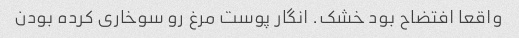
واقعا افتضاح بود خشک. انگار پوست مرغ رو سوخاری کرده بودن